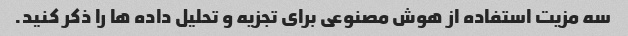
سه مزیت استفاده از هوش مصنوعی برای تجزیه و تحلیل داده ها را ذکر کنید.